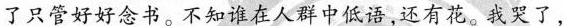
了只管好好念书。不知谁在人群中低语还有花。我哭了，